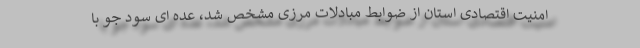
امنیت اقتصادی استان از ضوابط مبادلات مرزی مشخص شد، عده ای سود جو با